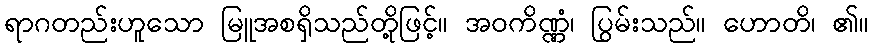
ရာဂတည်းဟူသော မြူအစရှိသည်တို့ဖြင့်။ အဝကိဏ္ဏံ၊ ပြွမ်းသည်။ ဟောတိ၊ ၏။